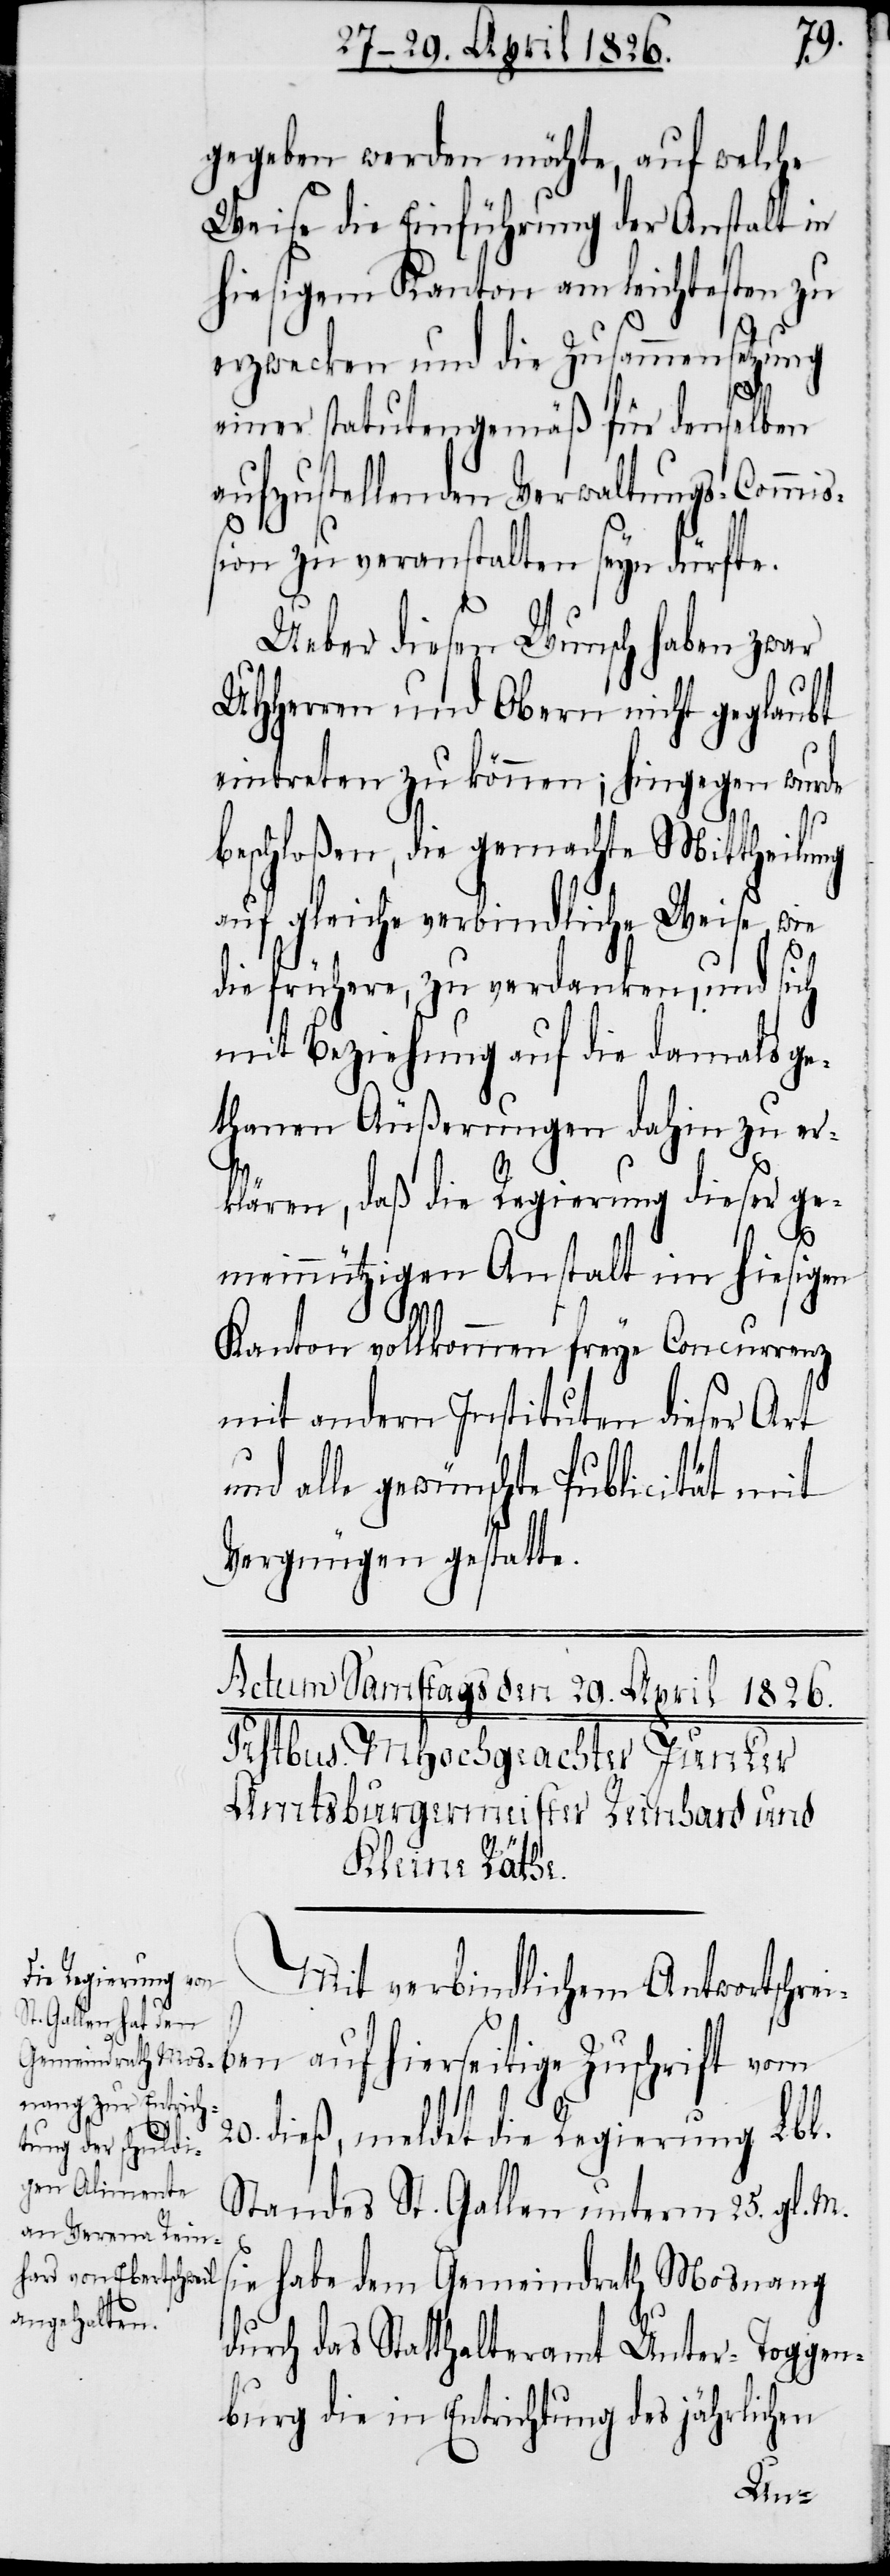
s¬
gegeben werden möchte, auf welche
Weise die Einführung der Anstalt in
hiesigem Kanton am leichtesten zu
erzwecken und die Zusammensetzung
einer statutengemäß für denselben
aufzustellenden Verwaltungs-Commiß¬
ion zu veranstalten seyn dürfte.
Ueber diesen Wunsch haben zwar
UHHerren und Obern nicht geglaubt
eintreten zu können; hingegen wurde
beschloßen, die gemachte Mittheilung
auf gleiche verbindliche Weise wie
die frühere, zu verdanken, und sich
mit Beziehung auf die damals ge¬
thanen Äußerungen dahin zu er¬
klären, daß die Regierung dieser ge¬
meinnützigen Anstalt im hiesigen
Kanton vollkommen freye Concurrenz
mit andern Instituten dieser Art
und alle gewünschte Publicität mit
Vergnügen gestatte.
Mit verbindlichem Antwortschrei¬
ben auf hierseitige Zuschrift vom
dieß, meldet die Regierung Lbl.
Standes St. Gallen unterm 25. gl. M.
ie habe dem Gemeindrath Mosnang
durch das Statthalteramt Unter-Toggen¬
burg die in Entrichtung des jährlichen